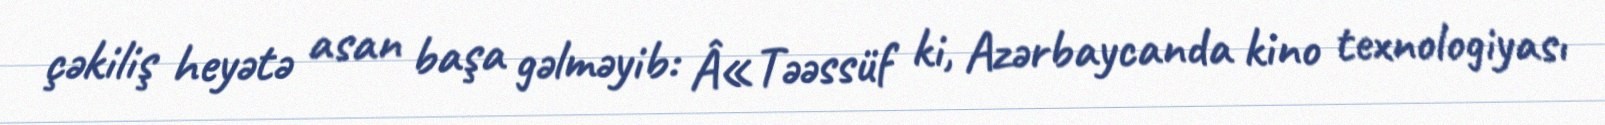
çəkiliş heyətə asan başa gəlməyib: Â«Təəssüf ki, Azərbaycanda kino texnologiyası